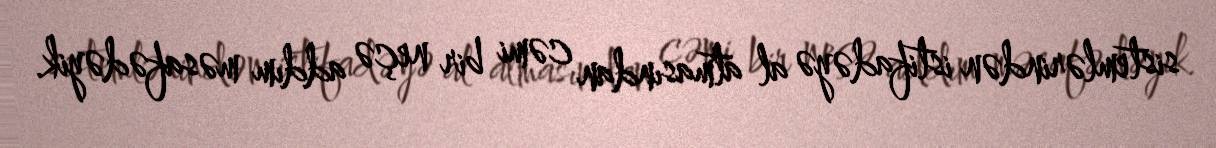
sistemlərindən istifadəyə al atmasından cəmi bir neçə addım məsafədəyik.